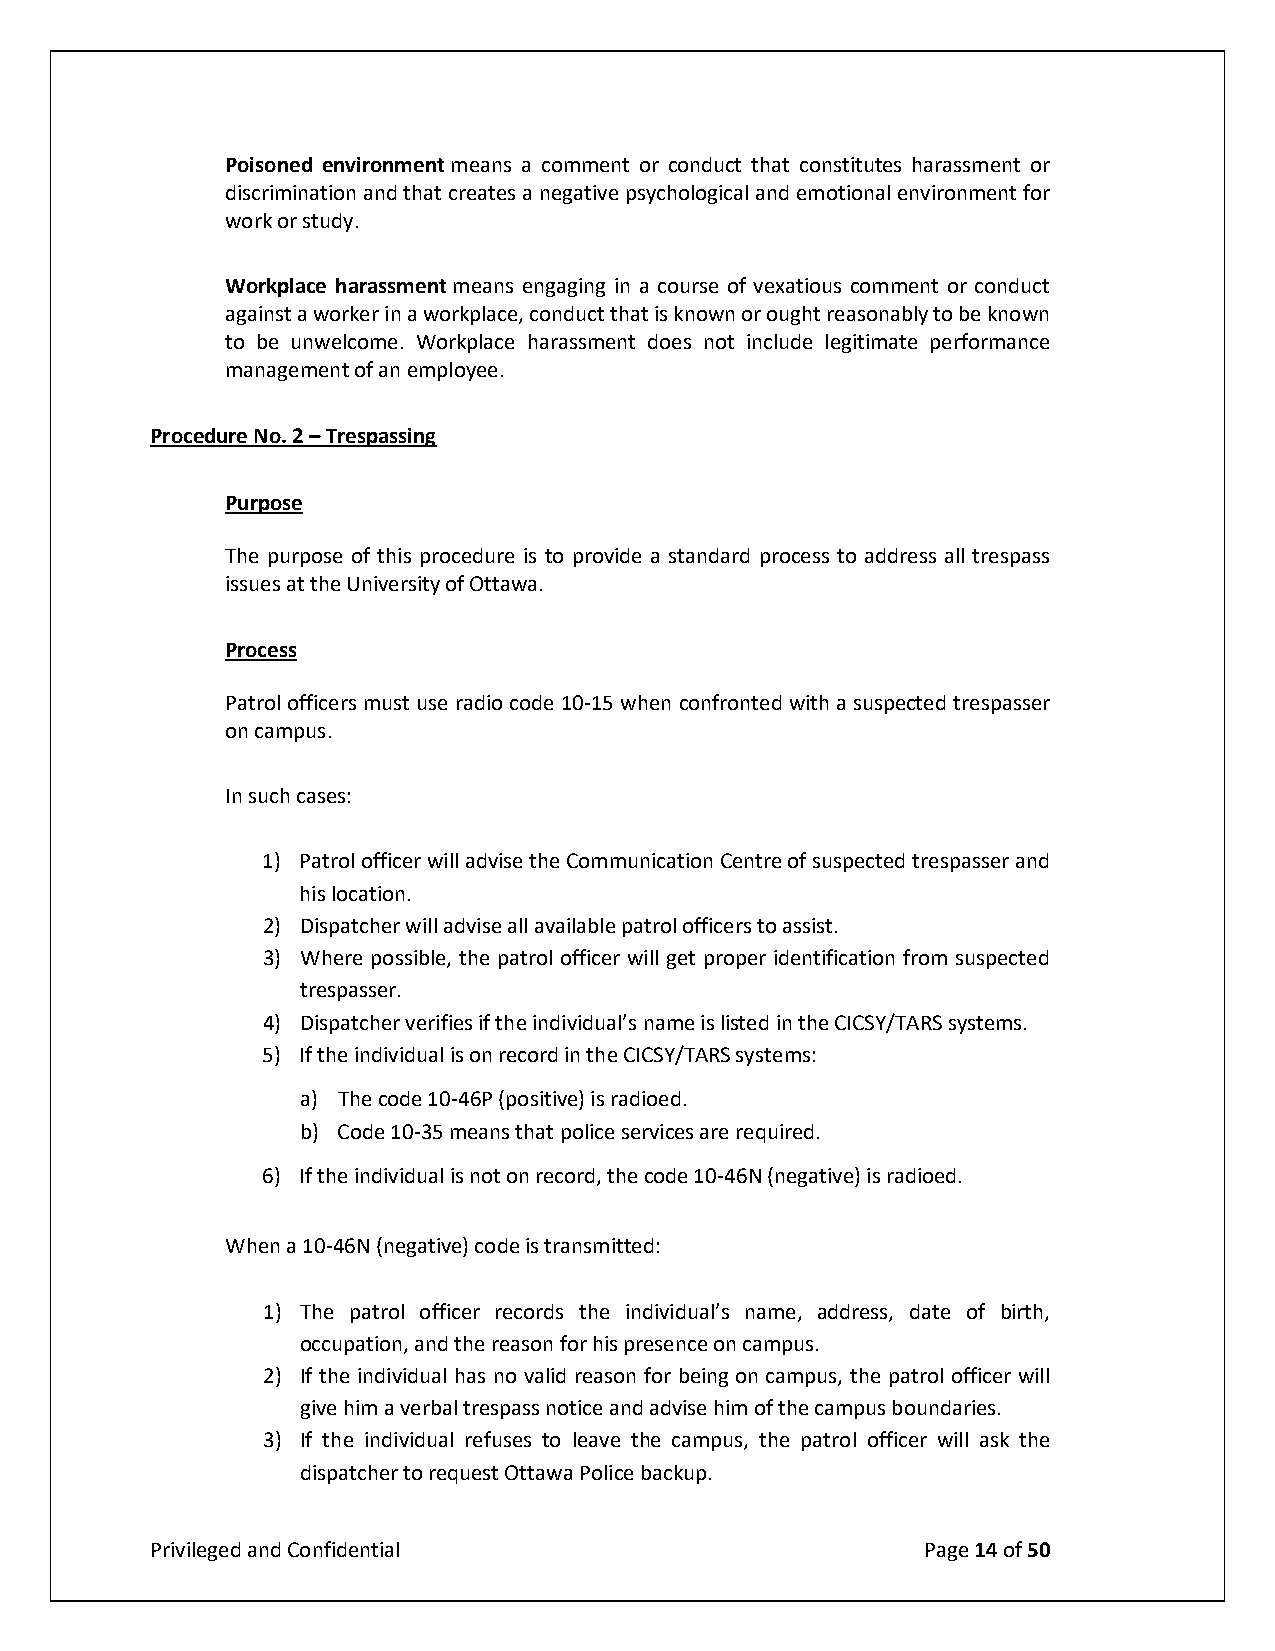
Poisoned environment means a comment or conduct that constitutes harassment or
 discrimination and that creates a negative psychological and emotional environment for
 work or study.
 Workplace harassment means engaging in a course of vexatious comment or conduct
 against a worker in a workplace, conduct that is known or ought reasonably to be known
 to be unwelcome. Workplace harassment does not include legitimate performance
 management of an employee.
 Procedure No. 2 – Trespassing
 Purpose
 The purpose of this procedure is to provide a standard process to address all trespass
 issues at the University of Ottawa.
 Process
 Patrol officers must use radio code 10-15 when confronted with a suspected trespasser
 on campus.
 In such cases:
 1) Patrol officer will advise the Communication Centre of suspected trespasser and
 his location.
 2) Dispatcher will advise all available patrol officers to assist.
 3) Where possible, the patrol officer will get proper identification from suspected
 trespasser.
 4) Dispatcher verifies if the individual’s name is listed in the CICSY/TARS systems.
 5) If the individual is on record in the CICSY/TARS systems:
 a) The code 10-46P (positive) is radioed.
 b) Code 10-35 means that police services are required.
 6) If the individual is not on record, the code 10-46N (negative) is radioed.
 When a 10-46N (negative) code is transmitted:
 1) The patrol officer records the individual’s name, address, date of birth,
 occupation, and the reason for his presence on campus.
 2) If the individual has no valid reason for being on campus, the patrol officer will
 give him a verbal trespass notice and advise him of the campus boundaries.
 3) If the individual refuses to leave the campus, the patrol officer will ask the
 dispatcher to request Ottawa Police backup.
 Privileged and Confidential                        Page 14 of 50